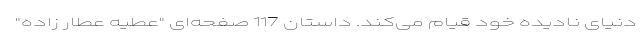
دنیای نادیده خود قیام می‌کند. داستان 117 صفحه‌ای "عطیه عطار زاده"